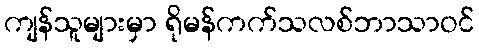
ကျန်သူများမှာ ရိုမန်ကက်သလစ်ဘာသာဝင်